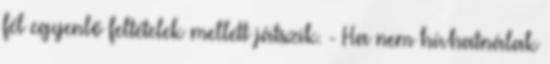
fél egyenlő feltételek mellett játszik. - Ha nem hívhatnálak